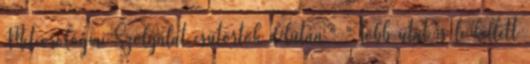
Meteorológiai Szolgálat csütörtök délután." "Több utat is le kellett